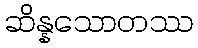
ဆိန္နသောတဿ